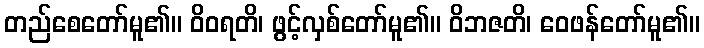
တည်စေတော်မူ၏။ ဝိဝရတိ၊ ဖွင့်လှစ်တော်မူ၏။ ဝိဘဇတိ၊ ဝေဖန်တော်မူ၏။